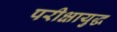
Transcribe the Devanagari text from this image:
परीक्षायुद्ध